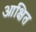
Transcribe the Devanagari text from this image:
आक्षित